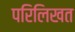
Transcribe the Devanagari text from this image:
परिलिखत